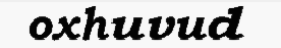
oxhuvud